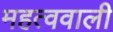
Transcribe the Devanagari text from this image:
महत्ववाली